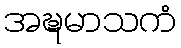
အဍ္ဎမာသကံ